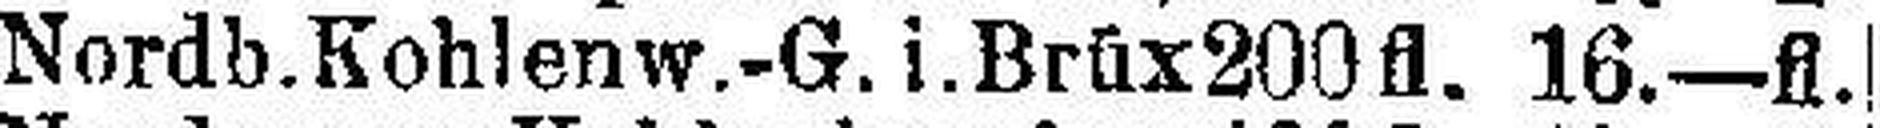
Nordb. Kohlenw.-G. i.Brüx 200fl. 16.—fl.